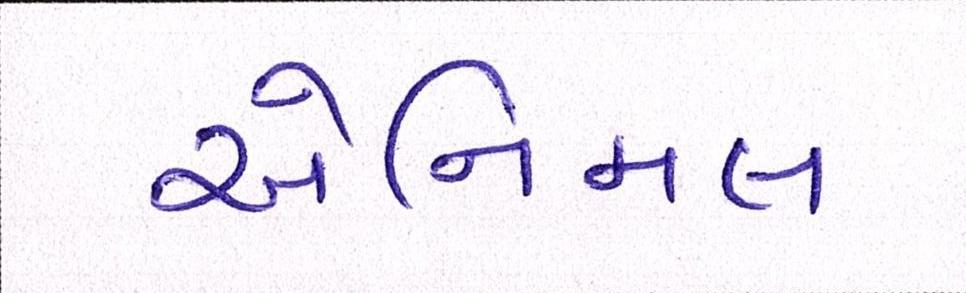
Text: એનિમલ